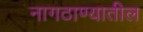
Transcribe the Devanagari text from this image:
नागठाण्यातील